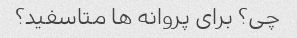
چی؟ برای پروانه ها متاسفید؟